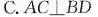
C.$$A C \bot B D$$